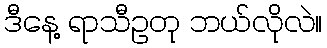
ဒီနေ့ ရာသီဥတု ဘယ်လိုလဲ။